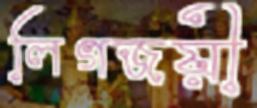
লিগজয়ী